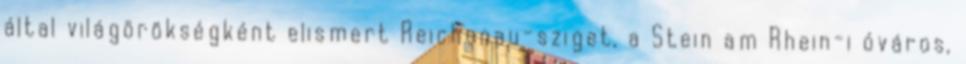
által világörökségként elismert Reichenau-sziget, a Stein am Rhein-i óváros,